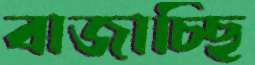
বাজাচ্ছি